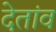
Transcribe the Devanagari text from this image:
देतांव